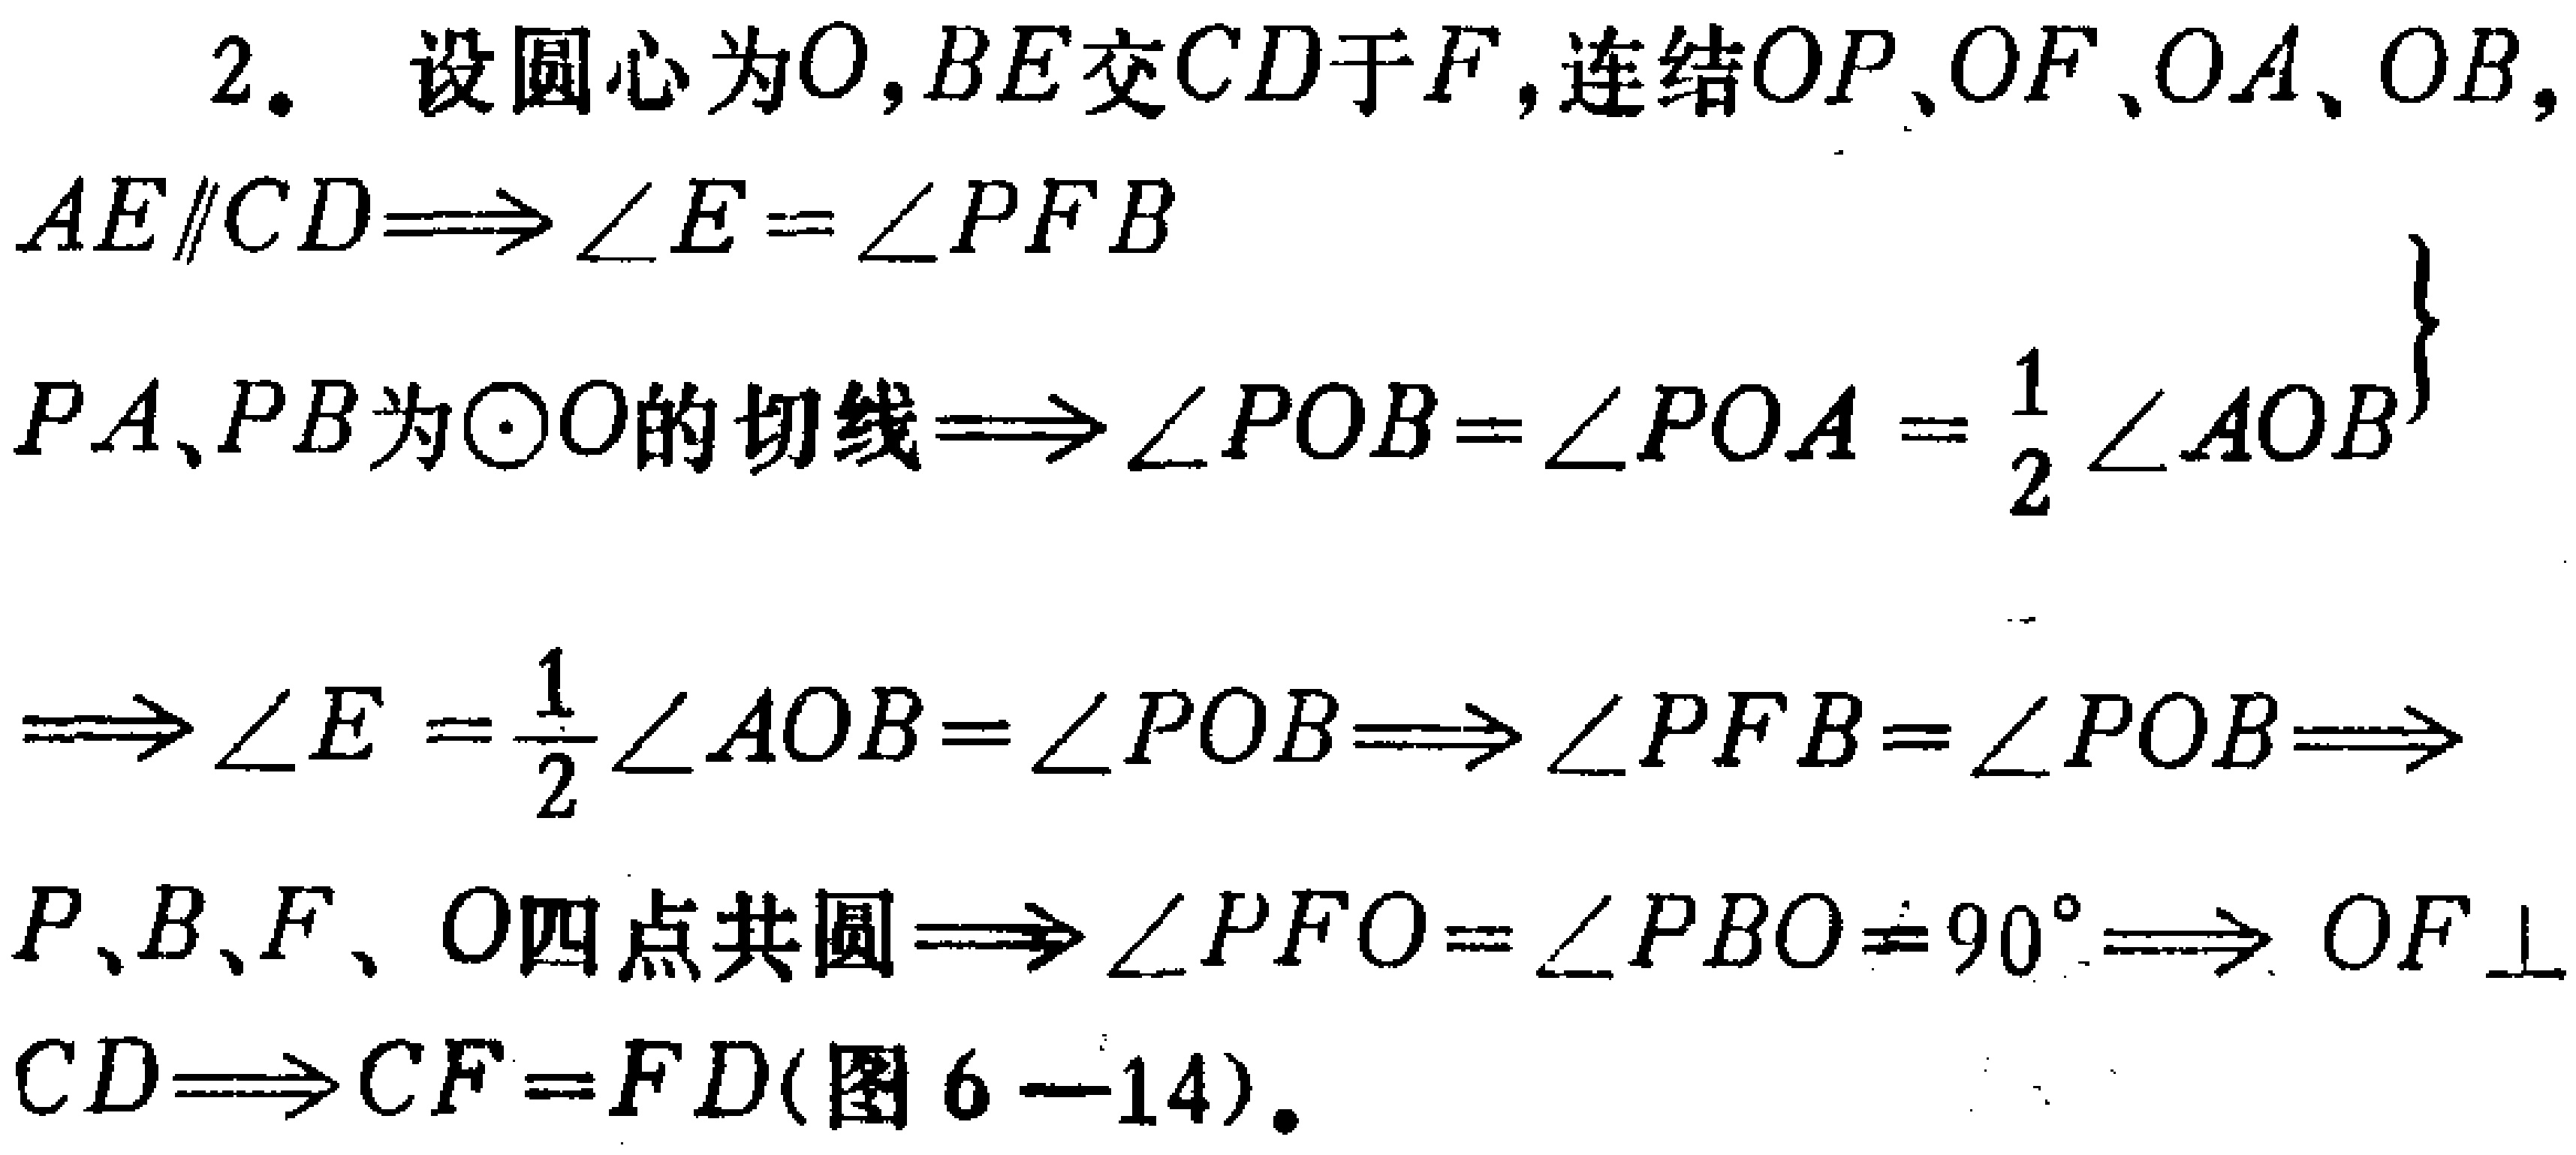
2. 设圆心为\(O\)，\(BE\)交\(CD\)于\(F\)，连结\(OP\)、\(OF\)、\(OA\)、\(OB\)，

\[

\begin{align*}

AE\parallel CD&\Longrightarrow \angle E = \angle PFB\\

PA、PB为\odot O的切线&\Longrightarrow \angle POB = \angle POA=\frac{1}{2}\angle AOB\\

&\Longrightarrow \angle E=\frac{1}{2}\angle AOB = \angle POB\Longrightarrow \angle PFB=\angle POB\Longrightarrow\\

P、B、F、O四点共圆&\Longrightarrow \angle PFO=\angle PBO = 90^{\circ}\Longrightarrow OF\perp CD\Longrightarrow CF = FD(图6 - 14).

\end{align*}

\]